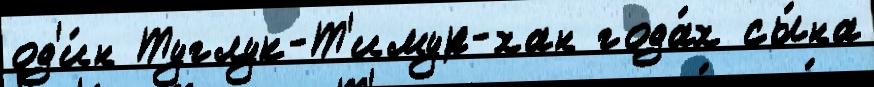
од'и́н Туглук-Т'имур-хан года́х сы́на